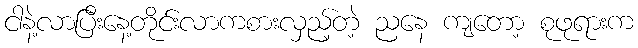
ငါနဲ့လာပြီးနေ့တိုင်းလာကစားလှည့်တဲ့ ညနေ ကျတော့ စုဖုရားက